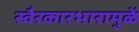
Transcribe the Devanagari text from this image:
स्वैरकारभारामुळें